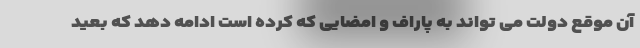
آن موقع دولت می تواند به پاراف و امضایی که کرده است ادامه دهد که بعید